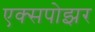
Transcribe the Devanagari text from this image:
एक्सपोझर